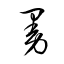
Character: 曼